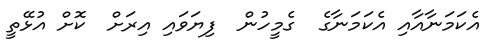
އެކަމަނާއާއި އެކަމަނާގެ  ގެމީހުން  ފިޔަވައި އިރަށް  ކޮށް އުޅޭތީ